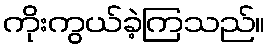
ကိုးကွယ်ခဲ့ကြသည်။